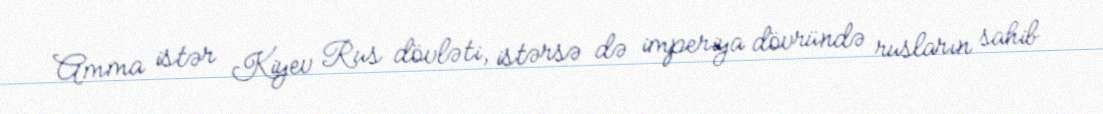
Amma istər Kiyev Rus dövləti, istərsə də imperiya dövründə rusların sahib